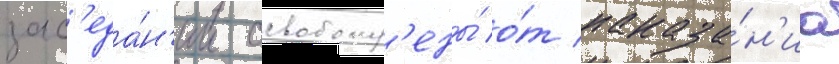
зас'еда́н'ии освобожд'ены́ о́т наказа́н'иа